Rangoon Lunatic Asylum 1893-1897 - 1893-1897
Year: 1893
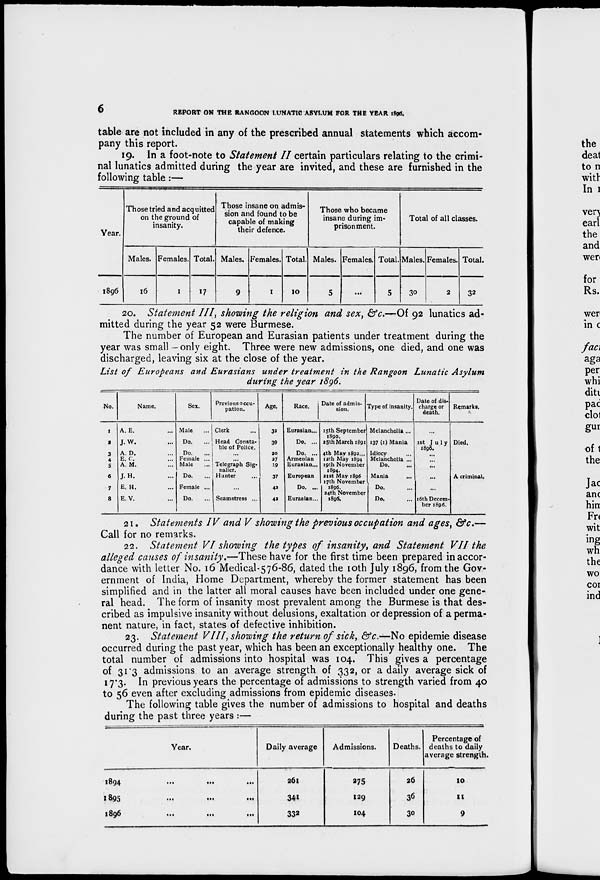
6
REPORT ON THE RANGOON LUNATIC ASYLUM FOR THE YEAR 1896.
table are not included in any of the prescribed annual statements which accom-
pany this report.
19. In a foot-note to Statement II certain particulars relating to the crimi-
nal lunatics admitted during the year are invited, and these are furnished in the
following table:—
Year.
1896
Those tried and acquitted
on the ground of
insanity.
Males.
16
Females.
1
Total.
17
Those insane on admis-
sion and found to be
capable of making
their defence.
Males.
9
Females.
1
Total.
10
Those who became
insane during im-
prisonment.
Males.
5
Females.
...
Total.
5
Total of all classes.
Males.
30
Females.
2
Total.
32
20. Statement III, showing the religion and sex, &c.—Of 92 lunatics ad-
mitted during the year 52 were Burmese.
The number of European and Eurasian patients under treatment during the
year was small —only eight. Three were new admissions, one died, and one was
discharged, leaving six at the close of the year.
List of Europeans and Eurasians under treatment in the Rangoon Lunatic Asylum
during the year 1896.
No.
1
2
3
4
5
6
7
8
Name.
A. E. ...
J. W. ...
A. D. ...
E. C. ...
A. M. ...
J. H. ...
E. H. ...
E. V. ...
Sex.
Male ...
Do. ...
Do. ...
Female ...
Male ...
Do. ...
Female ...
Do. ...
Previous occu-
pation.
Clerk ...
Head Consta-
ble of Police.
...
...
Telegraph Sig¬
nailer.
Hunter ...
...
Seamstress ...
Age.
32
39
20
27
19
37
42
42
Race.
Eurasian...
Do. ...
Do. ...
Armenian
Eurasian...
European
Do. ...
Eurasian...
Date of admis-
sion.
15th September
1890.
25th March 1891
4th May 1892...
12th May 1894
19th November
1894.
21st May 1896
17th November
1896.
24th November
1896.
Type of insanity.
Melancholia...
137 (1) Mania
Idiocy ...
Melancholia ...
Do. ...
Mania ...
Do. ...
Do. ...
Date of dis-
charge or
death.
...
1st July
1896.
...
...
...
...
...
16th Decem-
ber 1896.
Remarks.
Died.
...
...
A criminal.
21. Statements IV and V showing the previous occupation and ages, &c.—
Call for no remarks.
22. Statement VI showing the types of insanity, and Statement VII the
alleged causes of insanity.—These have for the first time been prepared in accor-
dance with letter No. 16 Medical-576-86, dated the 10th July 1896, from the Gov-
ernment of India, Home Department, whereby the former statement has been
simplified and in the latter all moral causes have been included under one gene-
ral head. The form of insanity most prevalent among the Burmese is that des-
cribed as impulsive insanity without delusions, exaltation or depression of a perma-
nent nature, in fact, states of defective inhibition.
23. Statement VIII, showing the return of sick, &c.—No epidemie disease
occurred during the past year, which has been an exceptionally healthy one. The
total number of admissions into hospital was 104. This gives a percentage
of 31.3 admissions to an average strength of 332, or a daily average sick of
17.3. In previous years the percentage of admissions to strength varied from 40
to 56 even after excluding admissions from epidemic diseases.
The following table gives the number of admissions to hospital and deaths
during the past three years :—
Year.
1894
...
...
...
1895
...
...
...
1896
...
...
...
Daily average
261
341
332
Admissions.
275
129
104
Deaths.
26
36
30
Percentage of
deaths to daily
average strength.
10
11
9